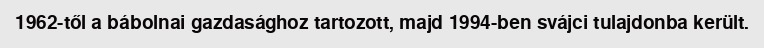
1962-től a bábolnai gazdasághoz tartozott, majd 1994-ben svájci tulajdonba került.